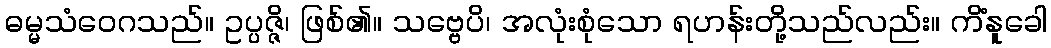
ဓမ္မသံဝေဂသည်။ ဥပ္ပဇ္ဇိ၊ ဖြစ်၏။ သဗ္ဗေပိ၊ အလုံးစုံသော ရဟန်းတို့သည်လည်း။ ကိံနူခေါ